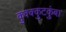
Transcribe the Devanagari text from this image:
कुक्क्कुटकुंबा